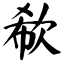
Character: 欷